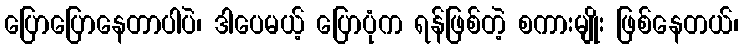
ပြောပြောနေတာပါပဲ၊ ဒါပေမယ့် ပြောပုံက ရန်ဖြစ်တဲ့ စကားမျိုး ဖြစ်နေတယ်၊